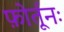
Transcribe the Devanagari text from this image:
फ़ोर्तूनः